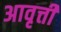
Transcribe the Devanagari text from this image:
अावृत्ती